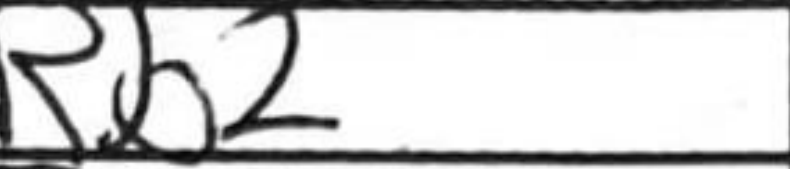
Transcription: Rb2